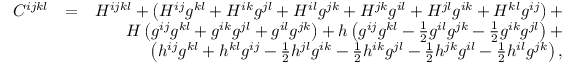
\begin{array} { r l r } { C ^ { i j k l } } & { = } & { H ^ { i j k l } + \left( H ^ { i j } g ^ { k l } + H ^ { i k } g ^ { j l } + H ^ { i l } g ^ { j k } + H ^ { j k } g ^ { i l } + H ^ { j l } g ^ { i k } + H ^ { k l } g ^ { i j } \right) + } \\ & { } & { H \left( g ^ { i j } g ^ { k l } + g ^ { i k } g ^ { j l } + g ^ { i l } g ^ { j k } \right) + h \left( g ^ { i j } g ^ { k l } - \frac 1 2 g ^ { i l } g ^ { j k } - \frac 1 2 g ^ { i k } g ^ { j l } \right) + } \\ & { } & { \left( h ^ { i j } g ^ { k l } + h ^ { k l } g ^ { i j } - \frac 1 2 h ^ { j l } g ^ { i k } - \frac 1 2 h ^ { i k } g ^ { j l } - \frac 1 2 h ^ { j k } g ^ { i l } - \frac 1 2 h ^ { i l } g ^ { j k } \right) , } \end{array}